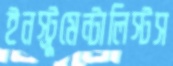
ইনস্ট্রুমেন্টালিস্টস